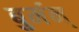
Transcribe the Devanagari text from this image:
बुर्मन्